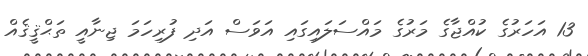
13 އަހަރުގެ ކުއްޖާގެ މަރުގެ މައްސަލައިގައި އަވަސް އަދި ފުރިހަމަ ޖިނާއީ ތަޙްޤީޤެއް